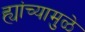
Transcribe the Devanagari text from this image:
ह्यांच्यामुळे